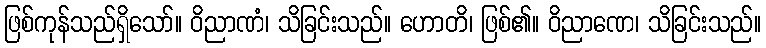
ဖြစ်ကုန်သည်ရှိသော်။ ဝိညာဏံ၊ သိခြင်းသည်။ ဟောတိ၊ ဖြစ်၏။ ဝိညာဏေ၊ သိခြင်းသည်။